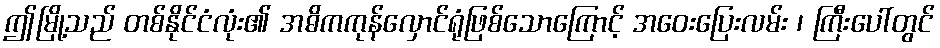
ဤမြို့သည် တစ်နိုင်ငံလုံး၏ အဓိကကုန်လှောင်ရုံဖြစ်သောကြောင့် အဝေးပြေးလမ်း ၊ ကြီးပေါ်တွင်